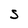
Character: S